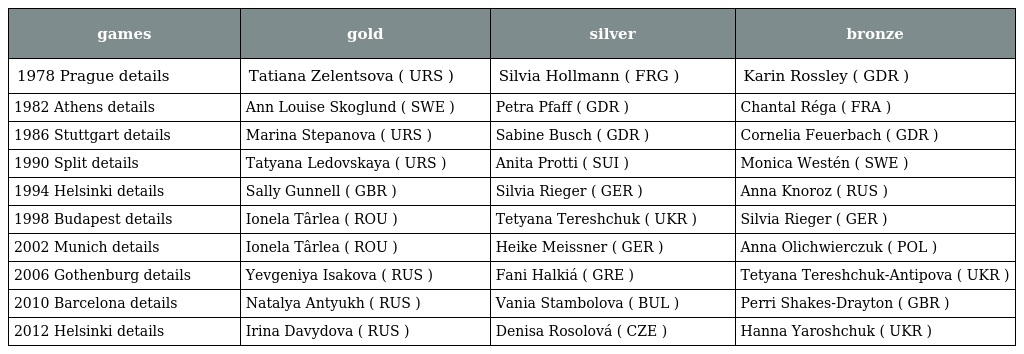
| games | gold | silver | bronze |
 | --- | --- | --- | --- |
 | 1978 Prague details | Tatiana Zelentsova ( URS ) | Silvia Hollmann ( FRG ) | Karin Rossley ( GDR ) |
 | 1982 Athens details | Ann Louise Skoglund ( SWE ) | Petra Pfaff ( GDR ) | Chantal Réga ( FRA ) |
 | 1986 Stuttgart details | Marina Stepanova ( URS ) | Sabine Busch ( GDR ) | Cornelia Feuerbach ( GDR ) |
 | 1990 Split details | Tatyana Ledovskaya ( URS ) | Anita Protti ( SUI ) | Monica Westén ( SWE ) |
 | 1994 Helsinki details | Sally Gunnell ( GBR ) | Silvia Rieger ( GER ) | Anna Knoroz ( RUS ) |
 | 1998 Budapest details | Ionela Târlea ( ROU ) | Tetyana Tereshchuk ( UKR ) | Silvia Rieger ( GER ) |
 | 2002 Munich details | Ionela Târlea ( ROU ) | Heike Meissner ( GER ) | Anna Olichwierczuk ( POL ) |
 | 2006 Gothenburg details | Yevgeniya Isakova ( RUS ) | Fani Halkiá ( GRE ) | Tetyana Tereshchuk-Antipova ( UKR ) |
 | 2010 Barcelona details | Natalya Antyukh ( RUS ) | Vania Stambolova ( BUL ) | Perri Shakes-Drayton ( GBR ) |
 | 2012 Helsinki details | Irina Davydova ( RUS ) | Denisa Rosolová ( CZE ) | Hanna Yaroshchuk ( UKR ) |